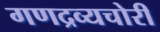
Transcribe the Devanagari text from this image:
गणद्रव्यचोरी